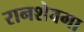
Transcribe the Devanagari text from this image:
रानशेवगा